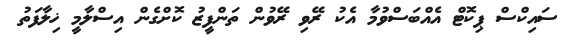
ސައިކްސް ޕިކޮޓް އެއްބަސްވުމާ އެކު ރޭވި ރޭވުން ތަންފީޒު ކޮށްގެން އިސްލާމީ ޚިލާފަތު